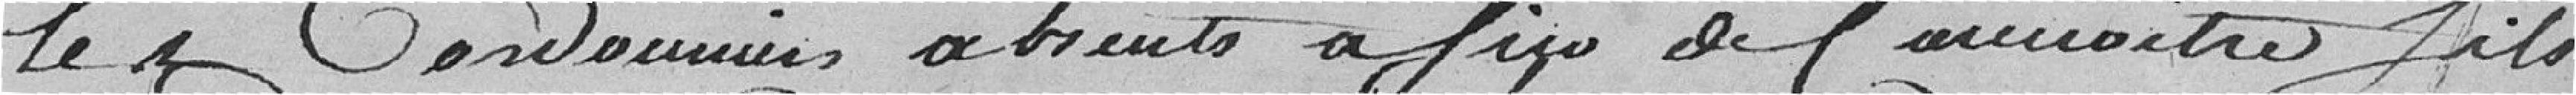
les cordonniers absents afin de connaitre s'ils